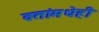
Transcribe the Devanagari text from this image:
व्रतांमधेही